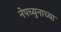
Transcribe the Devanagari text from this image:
नेपच्युनाच्या